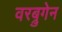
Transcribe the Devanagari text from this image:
वरब्रुगेन